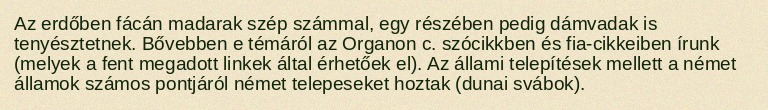
Az erdőben fácán madarak szép számmal, egy részében pedig dámvadak is tenyésztetnek. Bővebben e témáról az Organon c. szócikkben és fia-cikkeiben írunk (melyek a fent megadott linkek által érhetőek el). Az állami telepítések mellett a német államok számos pontjáról német telepeseket hoztak (dunai svábok).